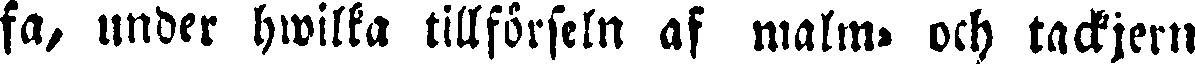
fa, under hwilka tillförseln af malm- och tackjern